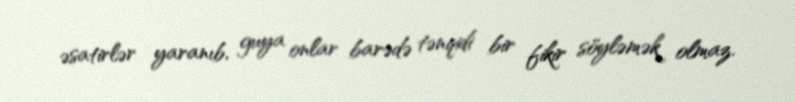
əsatirlər yaranıb, guya onlar barədə tənqidi bir fikir söyləmək olmaz.